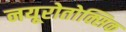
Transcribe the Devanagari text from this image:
नयूरोतोक्सिक